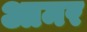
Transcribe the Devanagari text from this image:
आमर